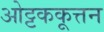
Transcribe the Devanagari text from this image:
ओट्टककूत्तन